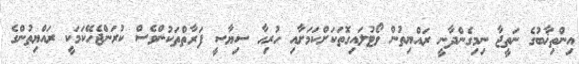
އިންތިޚާބުގެ ނަތީޖާ ނިމިގެންދާނީ ރައްޔިތުން ވޯޓުލައިގޮތަކަށްކަމަށާއި ހުރިހާ ސިޔާސީ ފަރާތްތަކުންވެސް ކުރަންޖެހޭކަމަކީ ރައްޔިތުންގެ